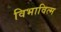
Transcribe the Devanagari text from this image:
विभावित्म